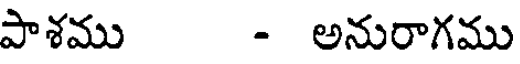
పాశము - అనురాగము